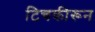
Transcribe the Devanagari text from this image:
टिचकीरून